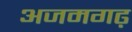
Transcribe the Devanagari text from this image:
अजमगढ़